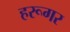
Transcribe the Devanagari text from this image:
हरूगर